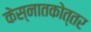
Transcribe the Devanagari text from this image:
केस्नातकोत्तर